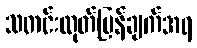
သတင်းထုတ်ပြန်ချက်အရ